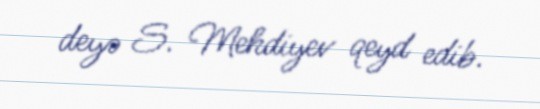
deyə S. Mehdiyev qeyd edib.